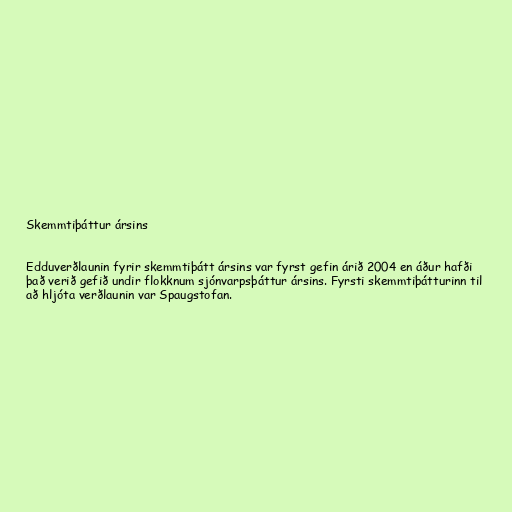
Skemmtiþáttur ársins

Edduverðlaunin fyrir skemmtiþátt ársins var fyrst gefin árið 2004 en áður hafði
það verið gefið undir flokknum sjónvarpsþáttur ársins. Fyrsti skemmtiþátturinn til
að hljóta verðlaunin var Spaugstofan.